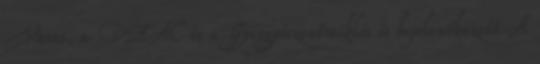
Vasas, a DEAC és a Gyergyószentmiklós is bejelentkezett A